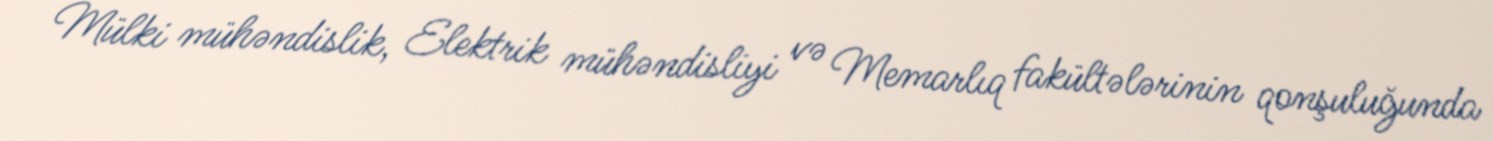
Mülki mühəndislik, Elektrik mühəndisliyi və Memarlıq fakültələrinin qonşuluğunda